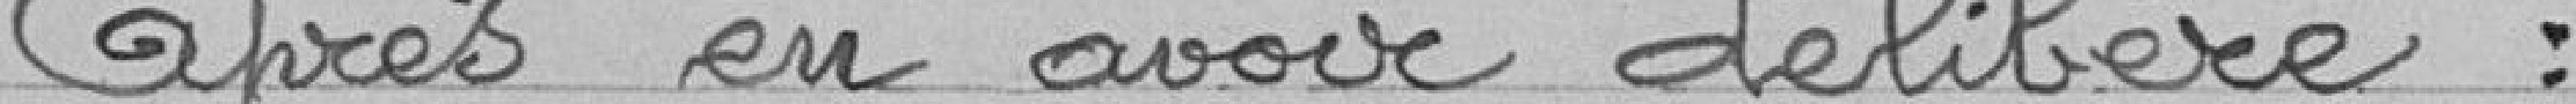
Après en avoir délibéré :